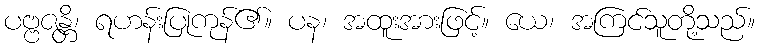
ပဗ္ဗဇန္တိ၊ ရဟန်းပြုကုန်၏။ ပန၊ အထူးအားဖြင့်။ ယေ၊ အကြင်သူတို့သည်။